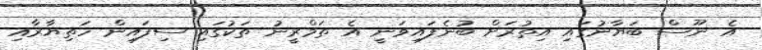
އެ ނޫސް ބަޔާނުގައި އިތުރަށް ބުނެފައިވަނީ އެ ތަމްރީނު ތަކުގައި ސިފައިން ހަތިޔާރާއި